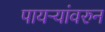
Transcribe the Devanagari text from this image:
पायऱ्यांवरुन